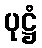
ပုဋ္ဌံ